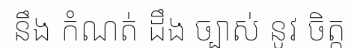
នឹង កំណត់ ដឹង ច្បាស់ នូវ ចិត្ត